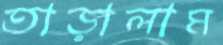
তাড়ালাম